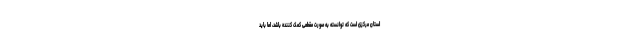
استان مرکزی است که توانسته به صورت مقطعی کمک کننده باشد، اما باید